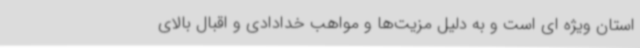
استان ویژه ای است و به دلیل مزیت‌ها و مواهب خدادادی و اقبال بالای